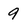
Character: 9